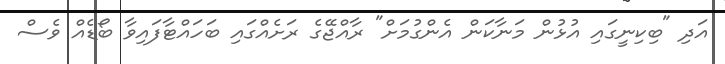
އަދި "ބިކިނީގައި އުޅުން މަނާކަން އެންގުމަށް" ރާއްޖޭގެ ރަށެއްގައި ބަހައްޓާފައިވާ ބޯޑެއް ވެސް